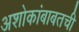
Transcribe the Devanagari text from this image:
अशोकांबाबतची